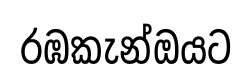
රඹකැන්ඔයට